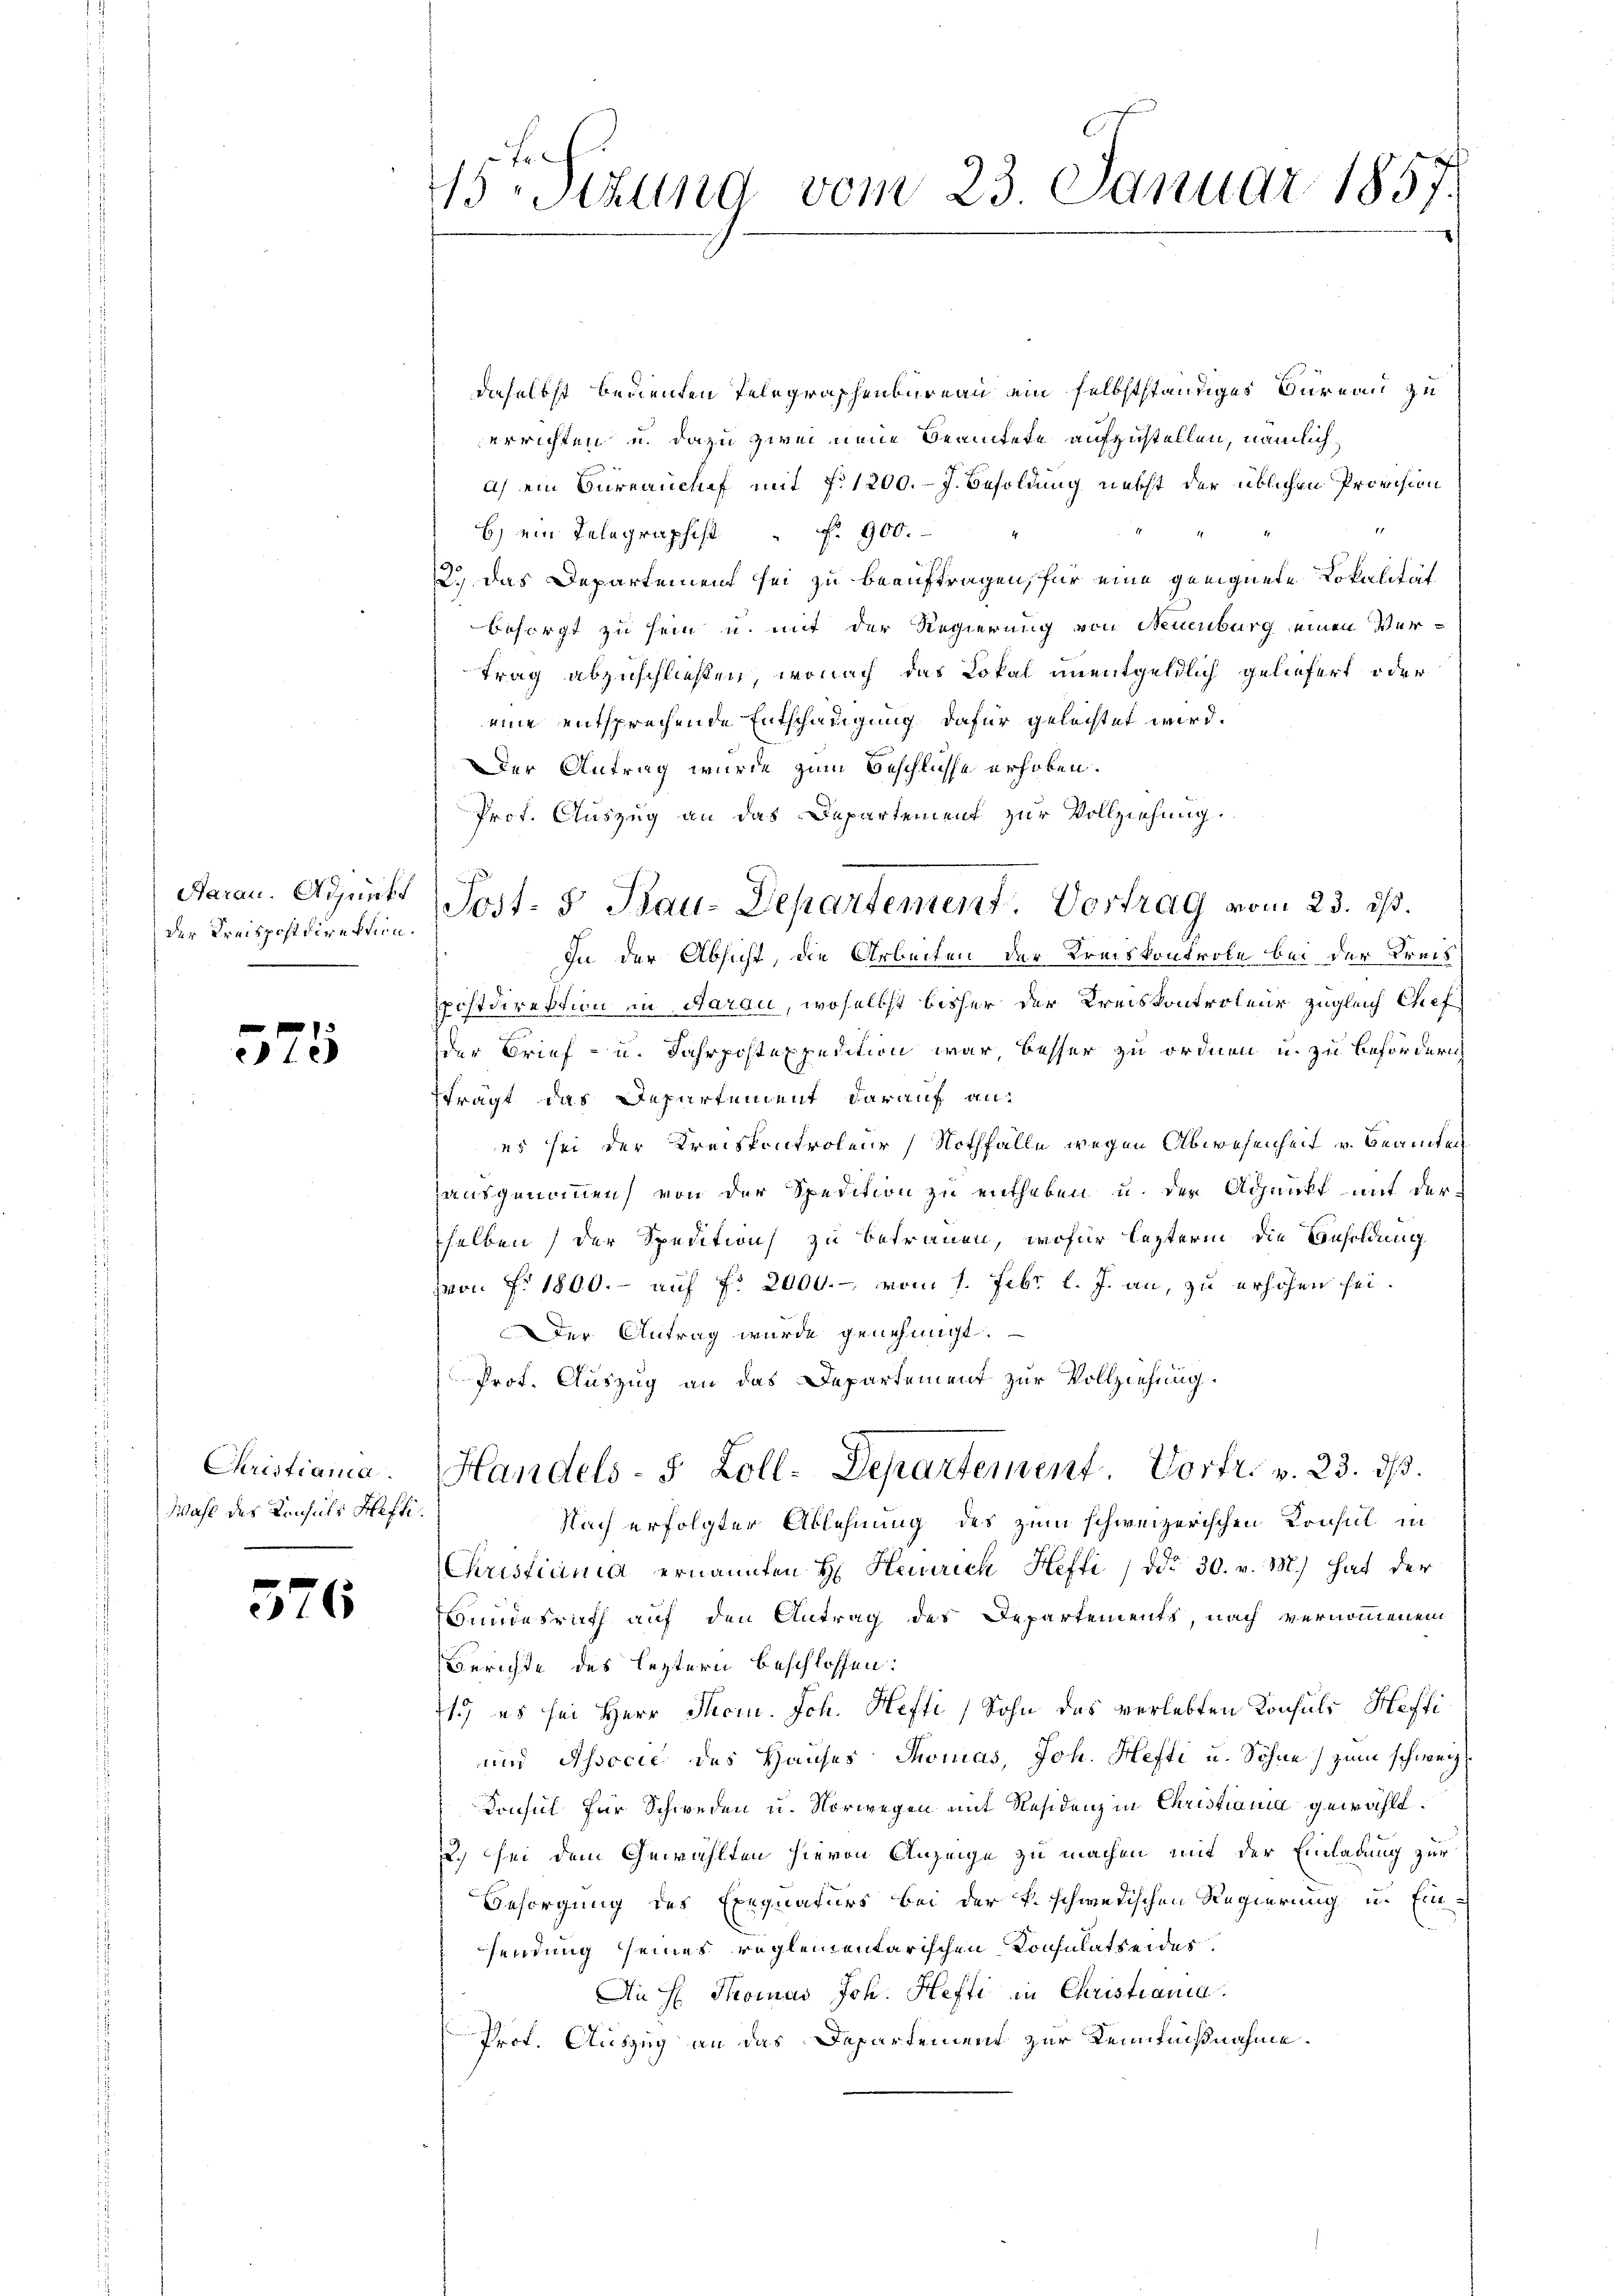
Aarau. Adjunkt
der Kreispostdirektion.

575

Christiania.
Wahl des Konsuls Hefti¬

576

45te Sitzung vom 23. Januar 1857.

Post- 5. Bau-Departement. Vortrag vom 23. dß.

daselbst bedienten Telegraphenbureau ein selbstständiges Bureau zu
errichten u. dazu zwei neue Beamtete aufzustellen, nämlich
a) ein Bureanchef mit 7. 1200. - J. Besoldung necht der üblichen Provision
b) ein Telegraphist. 900.
2.) Das Departement sei zu beauftragen, für eine geeignete Lokalität
besorgt zu sein u. mit der Regierung von Neuenburg einen Vertrag abzuschließen, wonach das Lokal unentgeldlich geliefert oder
eine entsprechende Entschädigung dafür gelechtet wird.
Der Antrag wurde zum Beschlüsse erhoben.
Prof. Auszug an das Departement zur Vollziehung.
In der Absicht, die Arbeiten der Kreiskontrole bei der Kreispostdirektion in darau, woselbst bisher der Kreiskontroleur zugleich Chef
der Brief- u. Jahrpostexpedition war besser zu ordnen u. zu befördern
trägt das Departement darauf an
es sei der Kreiskontroleur Nothfalle wegen Abwesenheit v. Beamten
ausgenommen, von der Spedition zu entheben u. der Adjunkt mit der
selben der Spedition zu betrauen, wofür lezterm die Besoldung
von Fr. 1800.- auf Fr. 2000.- vom 1. Febr. l. J. an, zu erhöhen sei.
Der Antrag wurde genehmigt.
Prot. Auszug an das Departement zur Vollziehung.
Handels- 5 Zoll-Departement Vortr. v. 23. dβ.
Nach erfolgter Ablehnung des zum schweizerischen Konsul in
Christiania ernannten H. Heinrich Hefti / ddo 30. v. M.) hat der
Bundesrath auf den Antrag des Departements, nach vernommenem
Berichte des leztern beschlossen:
1.) es sei Herr Secrn. Ich. Hefti, Sohn des verlebten Konsuls Haffi¬
und Associe des Hauses Thomas, Joh. Hefti u. Söhne) zum schweiz.
Konsul für Schweden u. Norwegen mit Residenz in Christiania gewählt.
.) sei dem Gewählten hievon Anzeige zu machen mit der Einladung zur
Besorgung des Exequaturs bei der k. schwedischen Regierung u. Einsendung seines reglementarischen Konsulatseides,
An H. Thomas Joh. Hefti in Christiania.
Prof. Auszug an das Departement zur Kenntnißnahme.